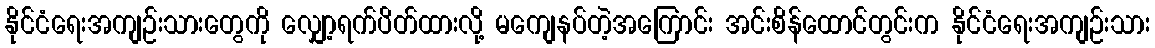
နိုင်ငံရေးအကျဉ်းသားတွေကို လျှော့ရက်ပိတ်ထားလို့ မကျေနပ်တဲ့အကြောင်း အင်းစိန်ထောင်တွင်းက နိုင်ငံရေးအကျဉ်းသား